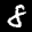
Label: 8